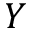
Y